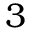
3